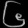
Digit: ၆